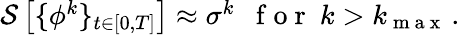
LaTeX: \begin{array}{r}{\mathcal{S}\left[\{ {\phi}^{k}\} _{t\in[0,T]}\right]\approx\sigma^{k}~~\mathrm{~f~o~r~}~k>k_{\mathrm{~m~a~x~}}\, .}\end{array}